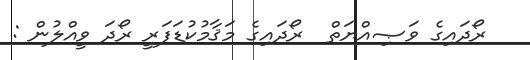
ރޯދައިގެ ވަޞިއްޔަތް  ރޯދައިގެ މަޤާމުކުޑަފަރީ ރޯދަ ވީއްލުން :